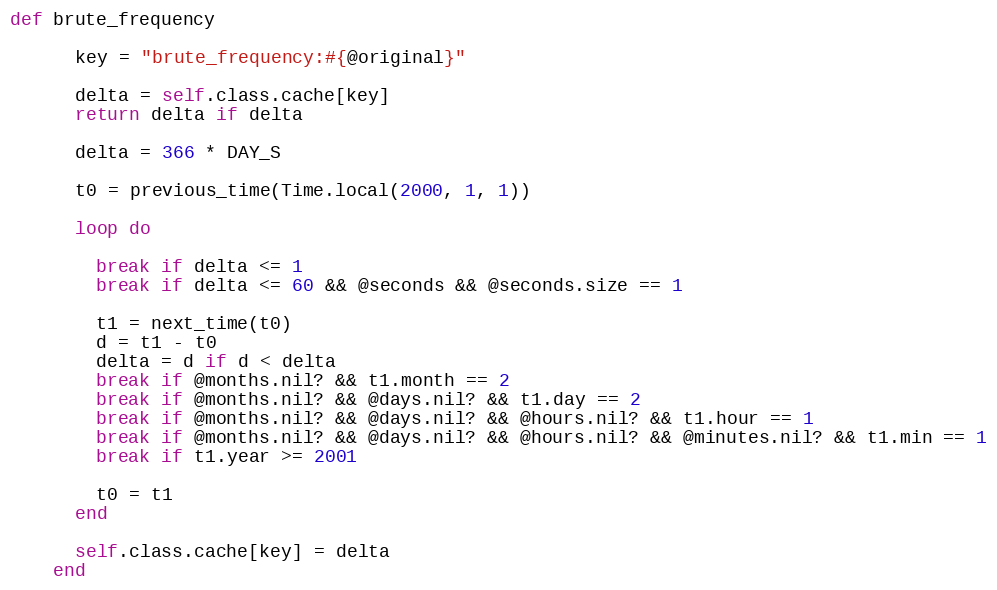
Language: Ruby
def brute_frequency

      key = "brute_frequency:#{@original}"

      delta = self.class.cache[key]
      return delta if delta

      delta = 366 * DAY_S

      t0 = previous_time(Time.local(2000, 1, 1))

      loop do

        break if delta <= 1
        break if delta <= 60 && @seconds && @seconds.size == 1

        t1 = next_time(t0)
        d = t1 - t0
        delta = d if d < delta
        break if @months.nil? && t1.month == 2
        break if @months.nil? && @days.nil? && t1.day == 2
        break if @months.nil? && @days.nil? && @hours.nil? && t1.hour == 1
        break if @months.nil? && @days.nil? && @hours.nil? && @minutes.nil? && t1.min == 1
        break if t1.year >= 2001

        t0 = t1
      end

      self.class.cache[key] = delta
    end